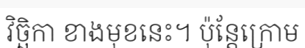
វិច្ឆិកា ខាងមុខនេះ។ ប៉ុន្តែក្រោម